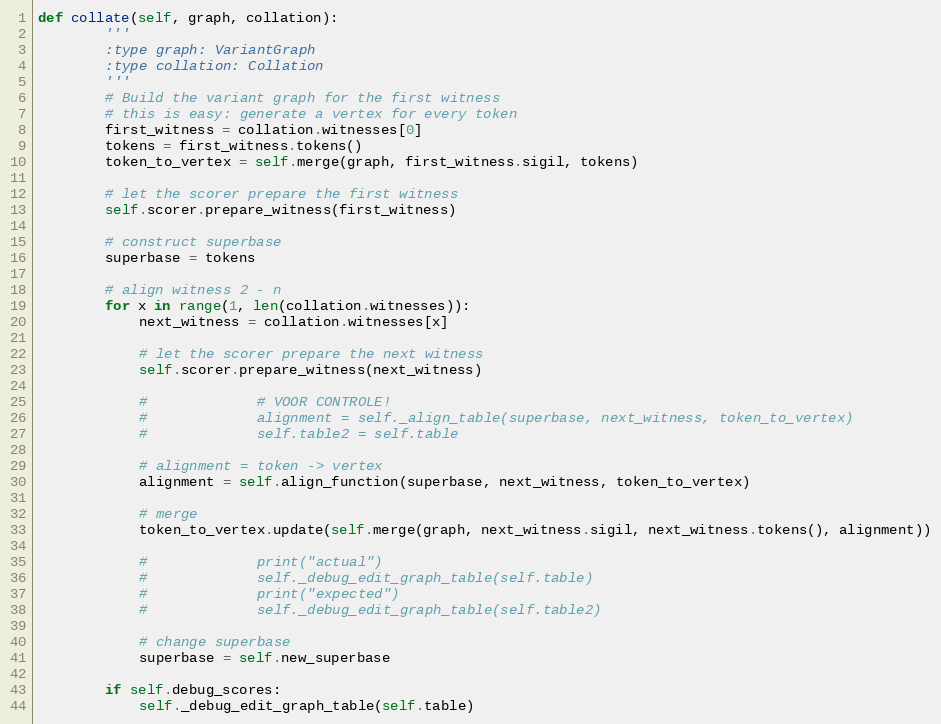
Language: Python
def collate(self, graph, collation):
        '''
        :type graph: VariantGraph
        :type collation: Collation
        '''
        # Build the variant graph for the first witness
        # this is easy: generate a vertex for every token
        first_witness = collation.witnesses[0]
        tokens = first_witness.tokens()
        token_to_vertex = self.merge(graph, first_witness.sigil, tokens)

        # let the scorer prepare the first witness
        self.scorer.prepare_witness(first_witness)

        # construct superbase
        superbase = tokens

        # align witness 2 - n
        for x in range(1, len(collation.witnesses)):
            next_witness = collation.witnesses[x]

            # let the scorer prepare the next witness
            self.scorer.prepare_witness(next_witness)

            #             # VOOR CONTROLE!
            #             alignment = self._align_table(superbase, next_witness, token_to_vertex)
            #             self.table2 = self.table

            # alignment = token -> vertex
            alignment = self.align_function(superbase, next_witness, token_to_vertex)

            # merge
            token_to_vertex.update(self.merge(graph, next_witness.sigil, next_witness.tokens(), alignment))

            #             print("actual")
            #             self._debug_edit_graph_table(self.table)
            #             print("expected")
            #             self._debug_edit_graph_table(self.table2)

            # change superbase
            superbase = self.new_superbase

        if self.debug_scores:
            self._debug_edit_graph_table(self.table)